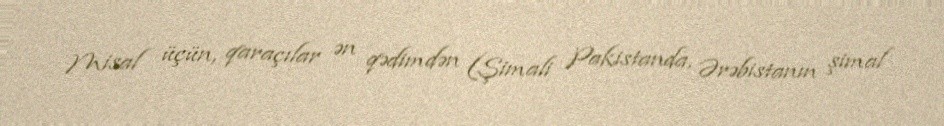
Misal üçün, qaraçılar ən qədimdən (Şimali Pakistanda, Ərəbistanın şimal